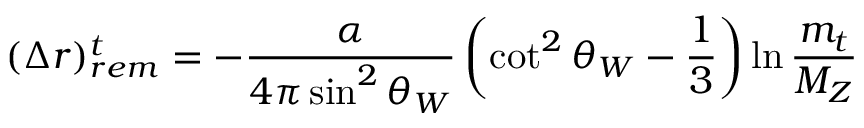
( \Delta r ) _ { r e m } ^ { t } = - \frac { \alpha } { 4 \pi \sin ^ { 2 } \theta _ { W } } \left( \cot ^ { 2 } \theta _ { W } - \frac { 1 } { 3 } \right) \ln { \frac { m _ { t } } { M _ { Z } } }